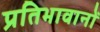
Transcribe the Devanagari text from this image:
प्रतिभावानों